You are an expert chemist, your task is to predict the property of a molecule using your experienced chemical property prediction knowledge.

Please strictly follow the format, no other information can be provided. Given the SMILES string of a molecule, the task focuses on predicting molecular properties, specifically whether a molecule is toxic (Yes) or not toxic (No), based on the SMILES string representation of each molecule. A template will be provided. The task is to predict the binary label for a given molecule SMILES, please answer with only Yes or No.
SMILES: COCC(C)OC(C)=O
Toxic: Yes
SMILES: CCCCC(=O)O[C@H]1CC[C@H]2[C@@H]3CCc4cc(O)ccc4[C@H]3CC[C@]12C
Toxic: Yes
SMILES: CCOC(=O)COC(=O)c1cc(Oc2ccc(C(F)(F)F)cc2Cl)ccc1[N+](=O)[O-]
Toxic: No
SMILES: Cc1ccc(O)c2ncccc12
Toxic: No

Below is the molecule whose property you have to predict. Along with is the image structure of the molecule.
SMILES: NCc1ccc(S(N)(=O)=O)cc1
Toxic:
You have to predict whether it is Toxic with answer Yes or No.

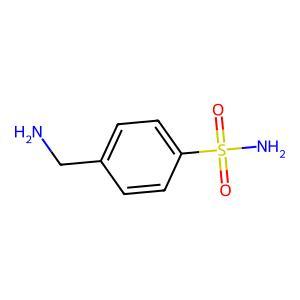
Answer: No